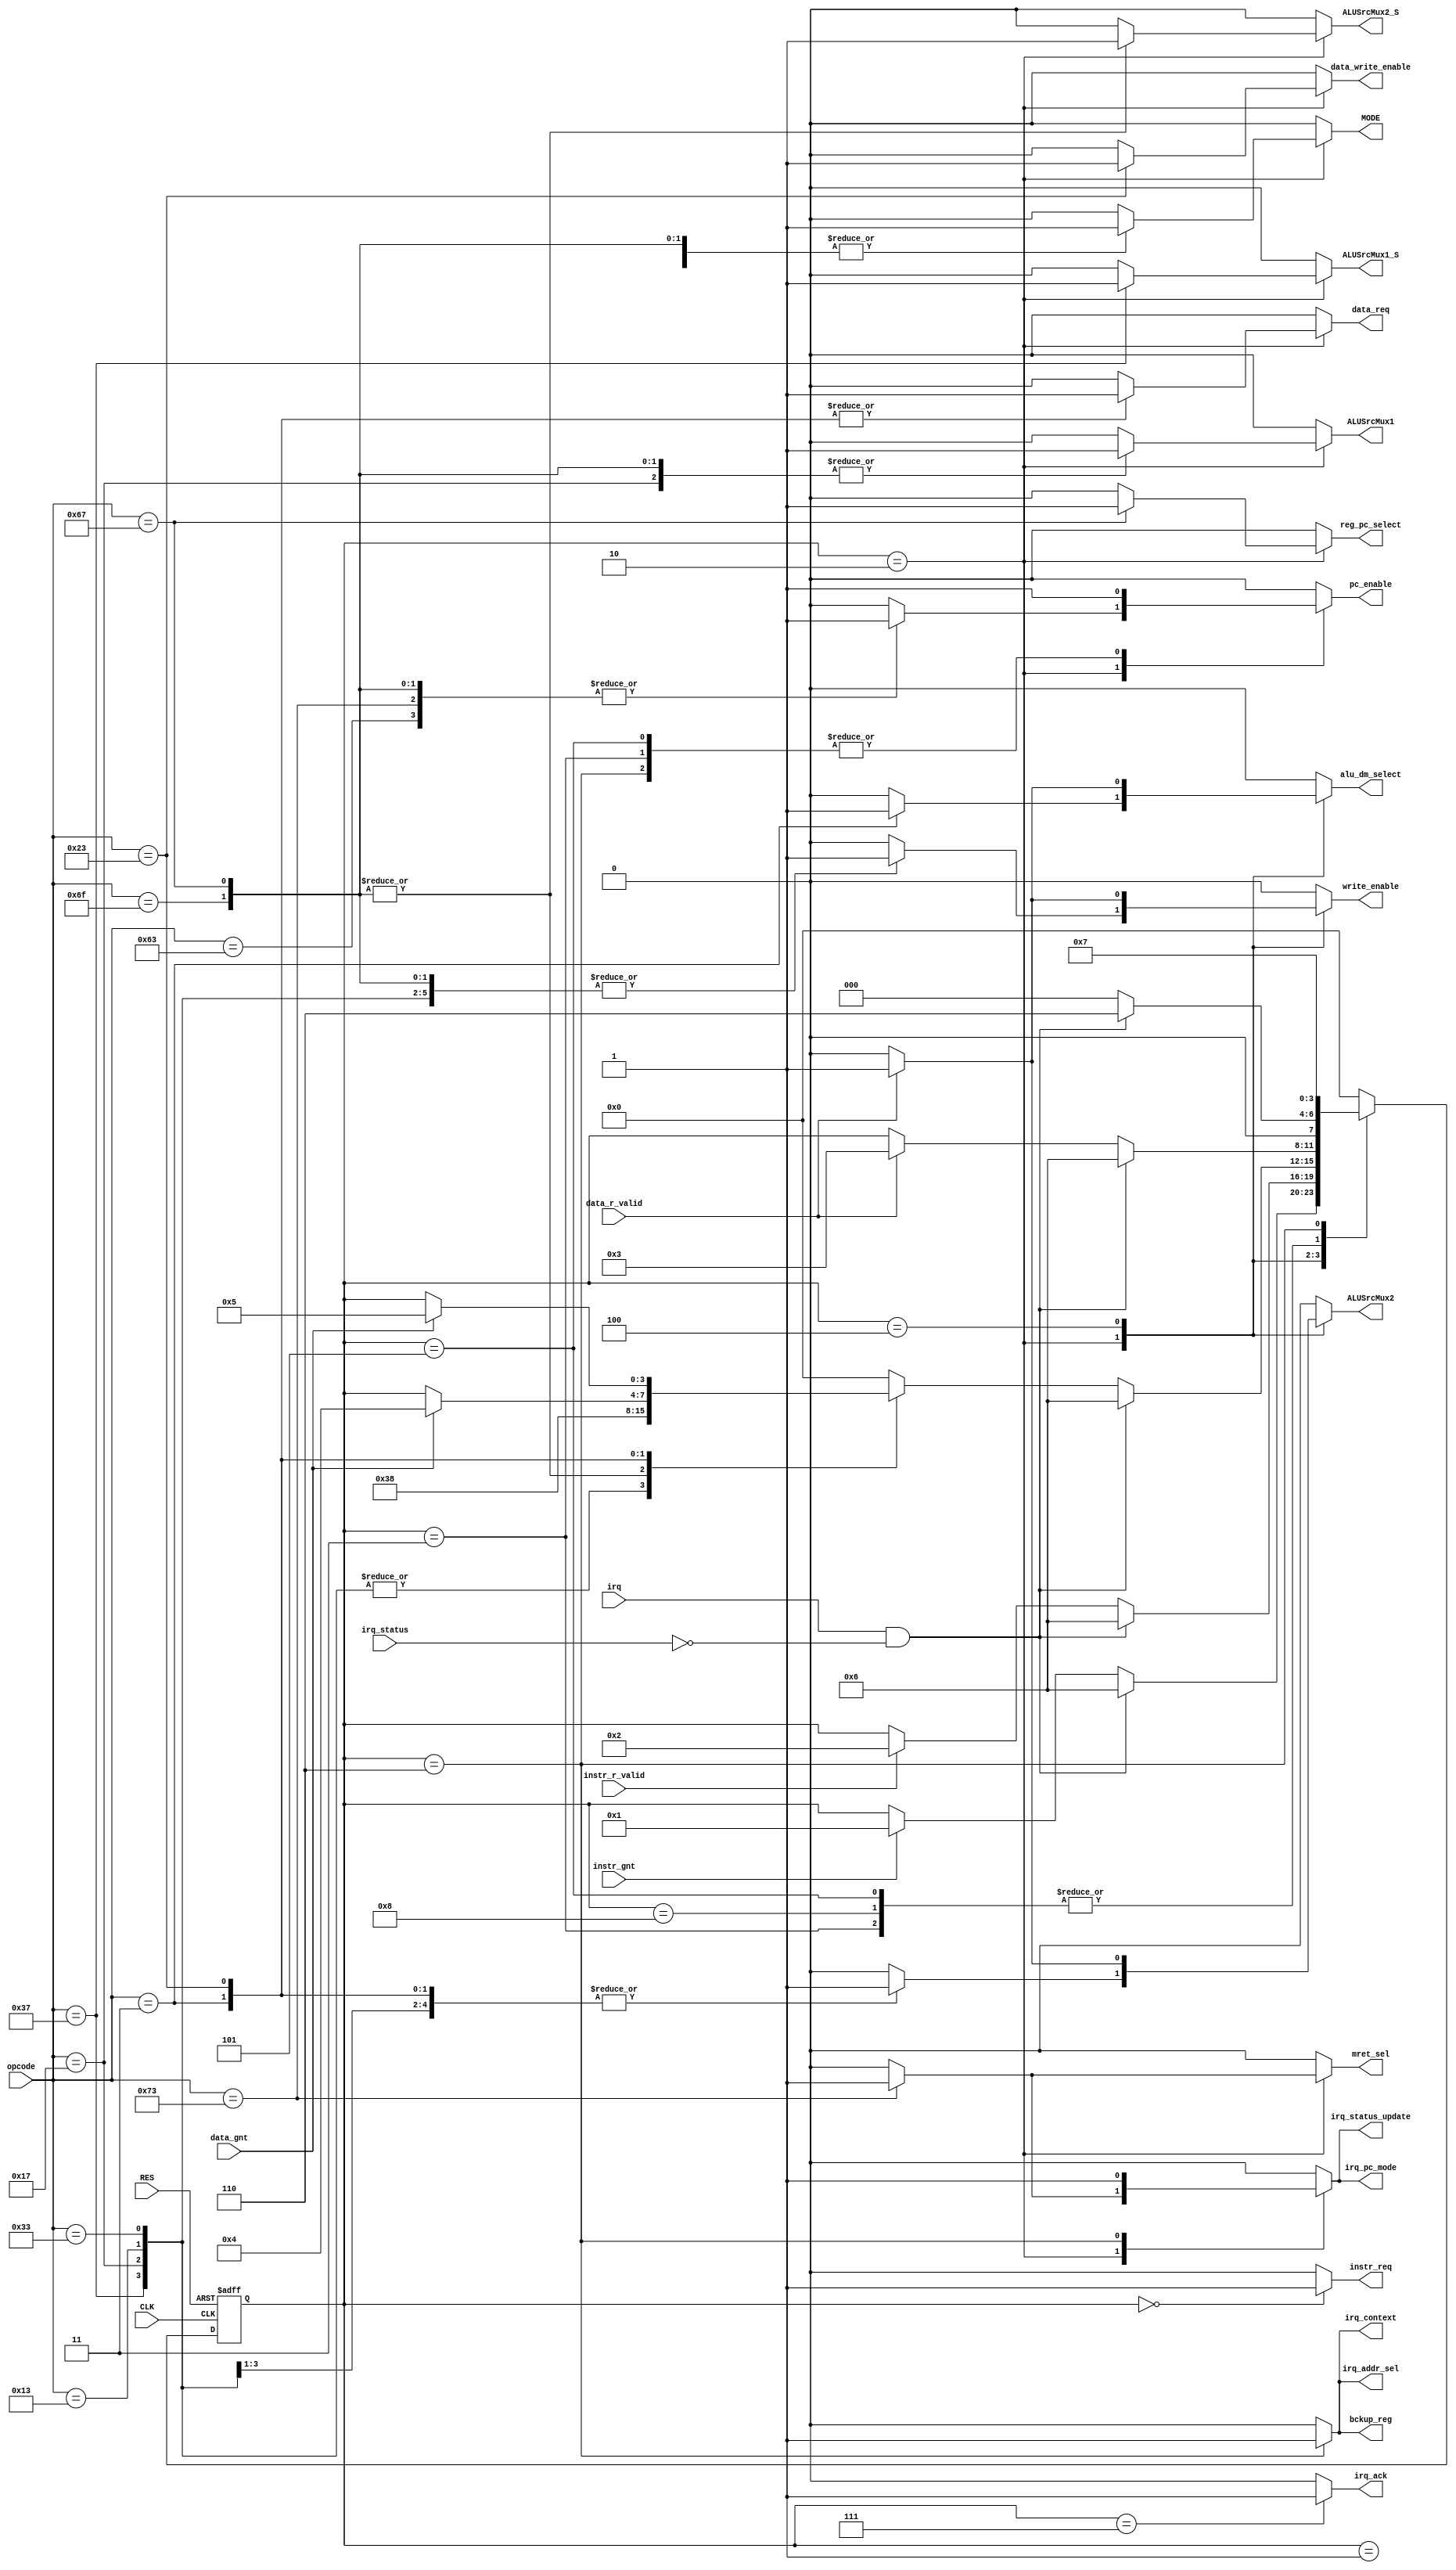
`timescale 1ns / 1ps
//////////////////////////////////////////////////////////////////////////////////
// Company: 
// Engineer: 
// 
// Design Name: 
// Module Name: ctrl
// Project Name: 
// Target Devices: 
// Tool Versions: 
// Description: 
// 
// Dependencies: 
// 
// Revision:
// Revision 0.01 - File Created
// Additional Comments:
// 
//////////////////////////////////////////////////////////////////////////////////


module ctrl(
    //Control Unit Management port
    input wire RES,
    input wire CLK,
    
    //Program Counter
    output reg pc_enable,

    //CPU Instruction input port
    input wire [6 : 0] opcode,
    
    //Program Counter Control port
    output reg MODE,                // 0-means increment by 4
    
    //Instruction Memory Control port
    //output reg data_write_enable, // 0-means read; 1-means write 
    output reg instr_req,
    input wire instr_gnt,
    input wire instr_r_valid,
    
    //Register set Control port
    output reg write_enable,        // 0-means read; 1-means write
    
    //MUX(ALU) Control port
    output reg ALUSrcMux1,          // 0-means Q0; 1-means Program Counter Value
    output reg ALUSrcMux2,          // 0-means Q1; 1-means Immediate value
    output reg ALUSrcMux1_S,        // 0-means ALUSrcMux1; 1-means constant 0(for NOP Instruction)
    output reg ALUSrcMux2_S,        // 0-means ALUSrcMux2 Output; 1-means Constant 4
    
    //PC ADDER CONTROL
    output reg reg_pc_select,       // 0 means PC value, 1 means Q0 value
    
    //Register Bank Write Control
    output reg alu_dm_select,       // 0 means ALU Output value, 1 means Data Memory value
    
    //Data Memory Control port
    output reg data_write_enable,   // 0-means read; 1-means write 
    output reg data_req,
    input wire data_gnt,
    input wire data_r_valid,
    
    //Interrrupt
    input wire irq,
    input wire irq_status,
    output reg irq_ack,
    output reg irq_status_update,   // Control Interrupt Context and status register enable
    output reg irq_context,         // 0 - means interrupt not running, 1 - means interrupt running
    output reg irq_addr_sel,        // 0 - pc = Branch address, 1 - pc = Interrupt vector address
    output reg bckup_reg,           // 0 - Not change Instruction_Backup_Reg, 1 - Instruction_Backup_Reg = PC
    output reg mret_sel,            // 0 - pc = Branch address or Interrupt vector address, 1 - pc = Instruction_Backup_Reg
    output reg irq_pc_mode          // 1 means Load PC = pc data = Backup register
);

    localparam [3:0]
        Ready = 4'b0000,
        instruction_fetch = 4'b0001,
        process_instruction = 4'b0010,
        wait_for_regset_write = 4'b0011,
        wait_for_data_read = 4'b0100,
        wait_for_data_write = 4'b0101,
        process_interrupt = 4'b0110,
        send_interrupt_acknowledge = 4'b0111,
        wait_for_regset_write_JI = 4'b1000;
    
    reg [3:0] stateMoore_reg, stateMoore_next;

    always @(posedge CLK, posedge RES)
    begin
        if(RES == 1'b1)            // reset
        begin
            stateMoore_reg <= Ready;
        end
        else
        begin
            stateMoore_reg <= stateMoore_next;
        end
    end
    
    always @(stateMoore_reg, instr_gnt, instr_r_valid, opcode, data_gnt, data_r_valid, irq, irq_status)
    begin
        // store current state as next, required: when no case statement is satisfied
        stateMoore_next = stateMoore_reg;
        
        //Default Signals
        pc_enable = 1'b0;
        MODE = 1'b0;                        // Program counter increment by 4
        
        instr_req = 1'b0;
        ALUSrcMux1 = 1'b0;
        ALUSrcMux1_S = 1'b0;    // A = ALUSrcMux1 Value
        ALUSrcMux2 = 1'b0;
        ALUSrcMux2_S = 1'b0;
        reg_pc_select = 1'b0;
        alu_dm_select = 1'b0;
        write_enable = 1'b0;
        
        //Data Memory
        data_write_enable = 1'b0;         // Default state is read
        data_req = 1'b0;
        
        //Interrupt
        irq_status_update = 1'b0;
        irq_context = 1'b0;
        irq_ack = 1'b0;
        irq_addr_sel = 1'b0;
        bckup_reg = 1'b0;
        mret_sel = 1'b0;
        irq_pc_mode = 1'b0;
        
        casez(stateMoore_reg)
            Ready:
            begin
                instr_req = 1'b1;
                if(instr_gnt == 1'b1)
                begin
                    stateMoore_next = instruction_fetch;
                end
                
                //Interrrupt Section:
                if((irq == 1'b1) && (irq_status == 0))
                begin
                    stateMoore_next = process_interrupt;
                end
            end
            
            instruction_fetch:
            begin
                //instr_req = 1'b1; // FIXME
                if(instr_r_valid == 1'b1)
                begin
                    stateMoore_next = process_instruction;
                end
                
                //Interrrupt Section:
                if((irq == 1'b1) && (irq_status == 0))
                begin
                    stateMoore_next = process_interrupt;
                end
            end
                    
            process_instruction:
            begin
                    casez(opcode)
                    
                        7'b0110111:     //LUI
                        begin
                            ALUSrcMux1 = 1'b0;      // A = don't care
                            ALUSrcMux2 = 1'b1;      // B = Immediate value
                            ALUSrcMux1_S = 1'b1;    // A = 0
                            write_enable = 1'b1;
                            stateMoore_next = wait_for_regset_write;
                        end
                        
                        7'b0010111:     //AUIPC
                        begin
                            ALUSrcMux1 = 1'b1;      // A = Program Counter Value
                            ALUSrcMux2 = 1'b1;      // B = Immediate value
                            write_enable = 1'b1;
                            stateMoore_next = wait_for_regset_write;
                        end
                        
                        7'b0010011:     //I-type Instruction
                        begin
                            ALUSrcMux1 = 1'b0;      // A = Q0
                            ALUSrcMux2 = 1'b1;      // B = Immediate value
                            write_enable = 1'b1;
                            stateMoore_next = wait_for_regset_write;
                        end
                        
                        7'b0110011:     //R-type Instruction
                        begin
                            ALUSrcMux1 = 1'b0;      // A = Q0
                            ALUSrcMux2 = 1'b0;      // B = Q1
                            write_enable = 1'b1;
                            stateMoore_next = wait_for_regset_write;
                        end
                        
                        7'b1101111:     //JAL Instruction
                        begin
                            ALUSrcMux1 = 1'b1;      // A = PC Value
                            ALUSrcMux2 = 1'b0;      // Don't Care
                            ALUSrcMux2_S = 1'b1;    // B = Constant 4
                            write_enable = 1'b1;
                            reg_pc_select = 1'b0;
                              
                            MODE = 1'b1;
                            pc_enable = 1'b1;
                            stateMoore_next = wait_for_regset_write_JI;
                        end
                        
                        7'b1100111:     //JALR Instruction
                        begin
                            ALUSrcMux1 = 1'b1;      // A = PC Value
                            ALUSrcMux2 = 1'b0;      // Don't Care
                            ALUSrcMux2_S = 1'b1;    // B = Constant 4
                            write_enable = 1'b1;
                            reg_pc_select = 1'b1; 
                            
                            MODE = 1'b1;
                            pc_enable = 1'b1;
                            stateMoore_next = wait_for_regset_write_JI;
                        end
                        
                        7'b1100011:     //Branch Instruction
                        begin
                            ALUSrcMux1 = 1'b0;      // A = Q0 Value
                            ALUSrcMux2 = 1'b0;      // Select Q1 Value
                            ALUSrcMux2_S = 1'b0;    // B = Q1 Value
                            write_enable = 1'b0;
                            reg_pc_select = 1'b0;
                            
                            pc_enable = 1'b1;
                            MODE = 1'b1;
                            stateMoore_next = Ready;
                        end
                        
                        7'b0000011:     //LW Instruction
                        begin
                            ALUSrcMux1 = 1'b0;      // A = Q0 Value
                            ALUSrcMux2 = 1'b1;      // Select Immediate Value
                            ALUSrcMux2_S = 1'b0;    // B = ALUSrcMux2 Value
                            write_enable = 1'b0;
                            reg_pc_select = 1'b0;
                            alu_dm_select = 1'b1;
                            MODE = 1'b0;
                            data_write_enable = 1'b0;
                            data_req = 1'b1;        // Send Read request
                            if(data_gnt == 1'b1)
                            begin
                                stateMoore_next = wait_for_data_read;
                            end
                        end
                        
                        7'b0100011:     //SW Instruction
                        begin
                            ALUSrcMux1 = 1'b0;      // A = Q0 Value
                            ALUSrcMux2 = 1'b1;      // Select Immediate Value
                            ALUSrcMux2_S = 1'b0;    // B = ALUSrcMux2 Value
                            write_enable = 1'b0;
                            reg_pc_select = 1'b0;
                            alu_dm_select = 1'b0;
                            MODE = 1'b0;
                            data_write_enable = 1'b1;
                            data_req = 1'b1;        // Send Write request
                            instr_req = 1'b0;
                            if(data_gnt == 1'b1)
                            begin
                                stateMoore_next = wait_for_data_write;
                            end
                        end
                        
                        7'b1110011:     // MRET Interrupt
                        begin
                            pc_enable = 1'b1;
                            stateMoore_next = Ready;
                            ALUSrcMux1 = 1'b0;
                            ALUSrcMux2 = 1'b0;
                            ALUSrcMux1_S = 1'b0;    // A = ALUSrcMux1 Value
                            ALUSrcMux2_S = 1'b0;
                            reg_pc_select = 1'b0;
                            alu_dm_select = 1'b0;
                            write_enable = 1'b0;
                            //Interrupt
                            irq_status_update = 1'b1;
                            irq_context = 1'b0;     // ISR is Over
                            irq_pc_mode = 1'b1;            // Load PC = Backup register
                            irq_addr_sel = 1'b0;
                            bckup_reg = 1'b0;
                            mret_sel = 1'b1;
                        end
                        
                        default:
                        begin
                            stateMoore_next = Ready;
                            pc_enable = 1'b0;
                            ALUSrcMux1 = 1'b0;
                            ALUSrcMux2 = 1'b0;
                            ALUSrcMux1_S = 1'b0;    // A = ALUSrcMux1 Value
                            ALUSrcMux2_S = 1'b0;
                            reg_pc_select = 1'b0;
                            alu_dm_select = 1'b0;
                            write_enable = 1'b0;
                            //Interrupt
                            irq_status_update = 1'b0;
                            irq_context = 1'b0;
                            irq_ack = 1'b0;
                            irq_addr_sel = 1'b0;
                            bckup_reg = 1'b0;
                            mret_sel = 1'b0;
                            irq_pc_mode = 1'b0;
                        end
                    endcase
                
                //Interrrupt Section:
                if((irq == 1'b1) && (irq_status == 0))
                begin
                    stateMoore_next = process_interrupt;
                end
            end
            
            wait_for_regset_write:
            begin
                stateMoore_next = Ready;
                pc_enable = 1'b1;
                
                //Interrrupt Section:
                if((irq == 1'b1) && (irq_status == 0))
                begin
                    stateMoore_next = process_interrupt;
                end
            end
            
            wait_for_regset_write_JI: //Jump Instruction - reg write case 
            begin
                stateMoore_next = Ready;
                
                //Interrrupt Section:
                if((irq == 1'b1) && (irq_status == 0))
                begin
                    stateMoore_next = process_interrupt;
                end
            end
            
            wait_for_data_read:
            begin
                data_req = 1'b0;
                if(data_r_valid == 1'b1)
                begin
                    ALUSrcMux1 = 1'b0;      // A = Q0 Value
                    ALUSrcMux2 = 1'b1;      // Select Immediate Value
                    ALUSrcMux2_S = 1'b0;    // B = ALUSrcMux2 Value
                    write_enable = 1'b1;
                    reg_pc_select = 1'b0;
                    alu_dm_select = 1'b1;   // Data memory output
                    MODE = 1'b0;
                    stateMoore_next = wait_for_regset_write;
                end
                
                //Interrrupt Section:
                if((irq == 1'b1) && (irq_status == 0))
                begin
                    stateMoore_next = process_interrupt;
                end
            end
            
            wait_for_data_write:
            begin
                data_req = 1'b0;
                pc_enable = 1'b1;
                stateMoore_next = Ready;
                
                //Interrrupt Section:
                if((irq == 1'b1) && (irq_status == 0))
                begin
                    stateMoore_next = process_interrupt;
                end
            end
            
            process_interrupt:
            begin
                pc_enable = 1'b1;
                irq_pc_mode = 1'b1;
                bckup_reg = 1'b1;
                irq_addr_sel = 1'b1;
                
                irq_status_update = 1'b1;
                irq_context = 1'b1;
                stateMoore_next = send_interrupt_acknowledge;                
            end
            
            send_interrupt_acknowledge:
            begin
                irq_ack = 1'b1;
                stateMoore_next = Ready;
            end
            
            default:
            begin
                stateMoore_next = Ready;
                pc_enable = 1'b0;
                ALUSrcMux1 = 1'b0;
                ALUSrcMux2 = 1'b0;
                ALUSrcMux1_S = 1'b0;    // A = ALUSrcMux1 Value
                ALUSrcMux2_S = 1'b0;
                reg_pc_select = 1'b0;
                alu_dm_select = 1'b0;
                write_enable = 1'b0;
                //Interrupt
                irq_status_update = 1'b0;
                irq_context = 1'b0;
                irq_ack = 1'b0;
                irq_addr_sel = 1'b0;
                bckup_reg = 1'b0;
                mret_sel = 1'b0;
                irq_pc_mode = 1'b0;
            end
        endcase
    end
    
endmodule